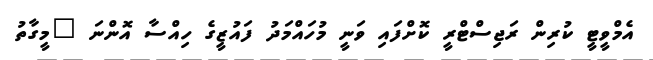
އެމްވީޓީ ކުރިން ރަޖިސްޓްރީ ކޮށްފައި ވަނީ މުހައްމަދު ފައުޒީގެ ހިއްސާ އޮންނަ "މީގާތު